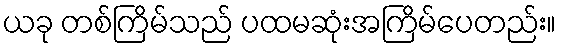
ယခု တစ်ကြိမ်သည် ပထမဆုံးအကြိမ်ပေတည်း။